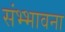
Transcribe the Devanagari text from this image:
संभ्भावना